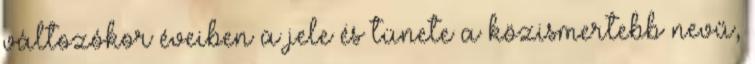
változókor éveiben a jele és tünete a közismertebb nevű,